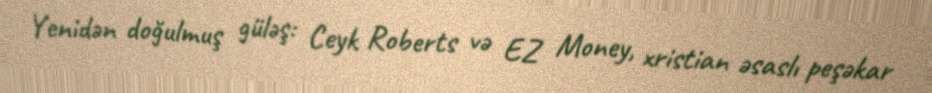
Yenidən doğulmuş güləş: Ceyk Roberts və EZ Money, xristian əsaslı peşəkar